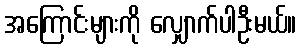
အကြောင်းများကို လျှောက်ပါဦးမယ်။